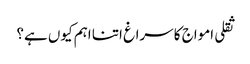
ثقلی امواج کا سراغ اتنا اہم کیوں ہے؟